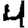
Digit: 4